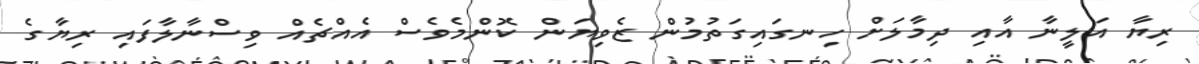
ރިޔާ އަލީނާ އާއި ދިމާލަށް ހިނގައިގަތުމުން ޒެވިޔަން ކޮންމެވެސް އެއްޗެއް ވިސްނާލާފައި ރިޔާގެ